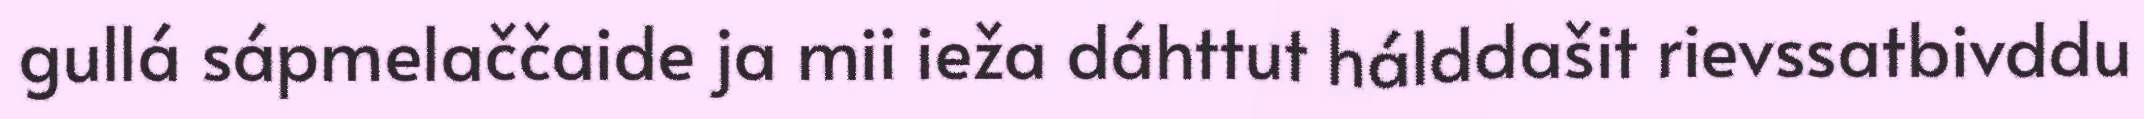
gullá sápmelaččaide ja mii ieža dáhttut hálddašit rievssatbivddu